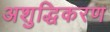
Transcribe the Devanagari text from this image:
अशुद्धिकरण